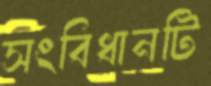
সংবিধানটি